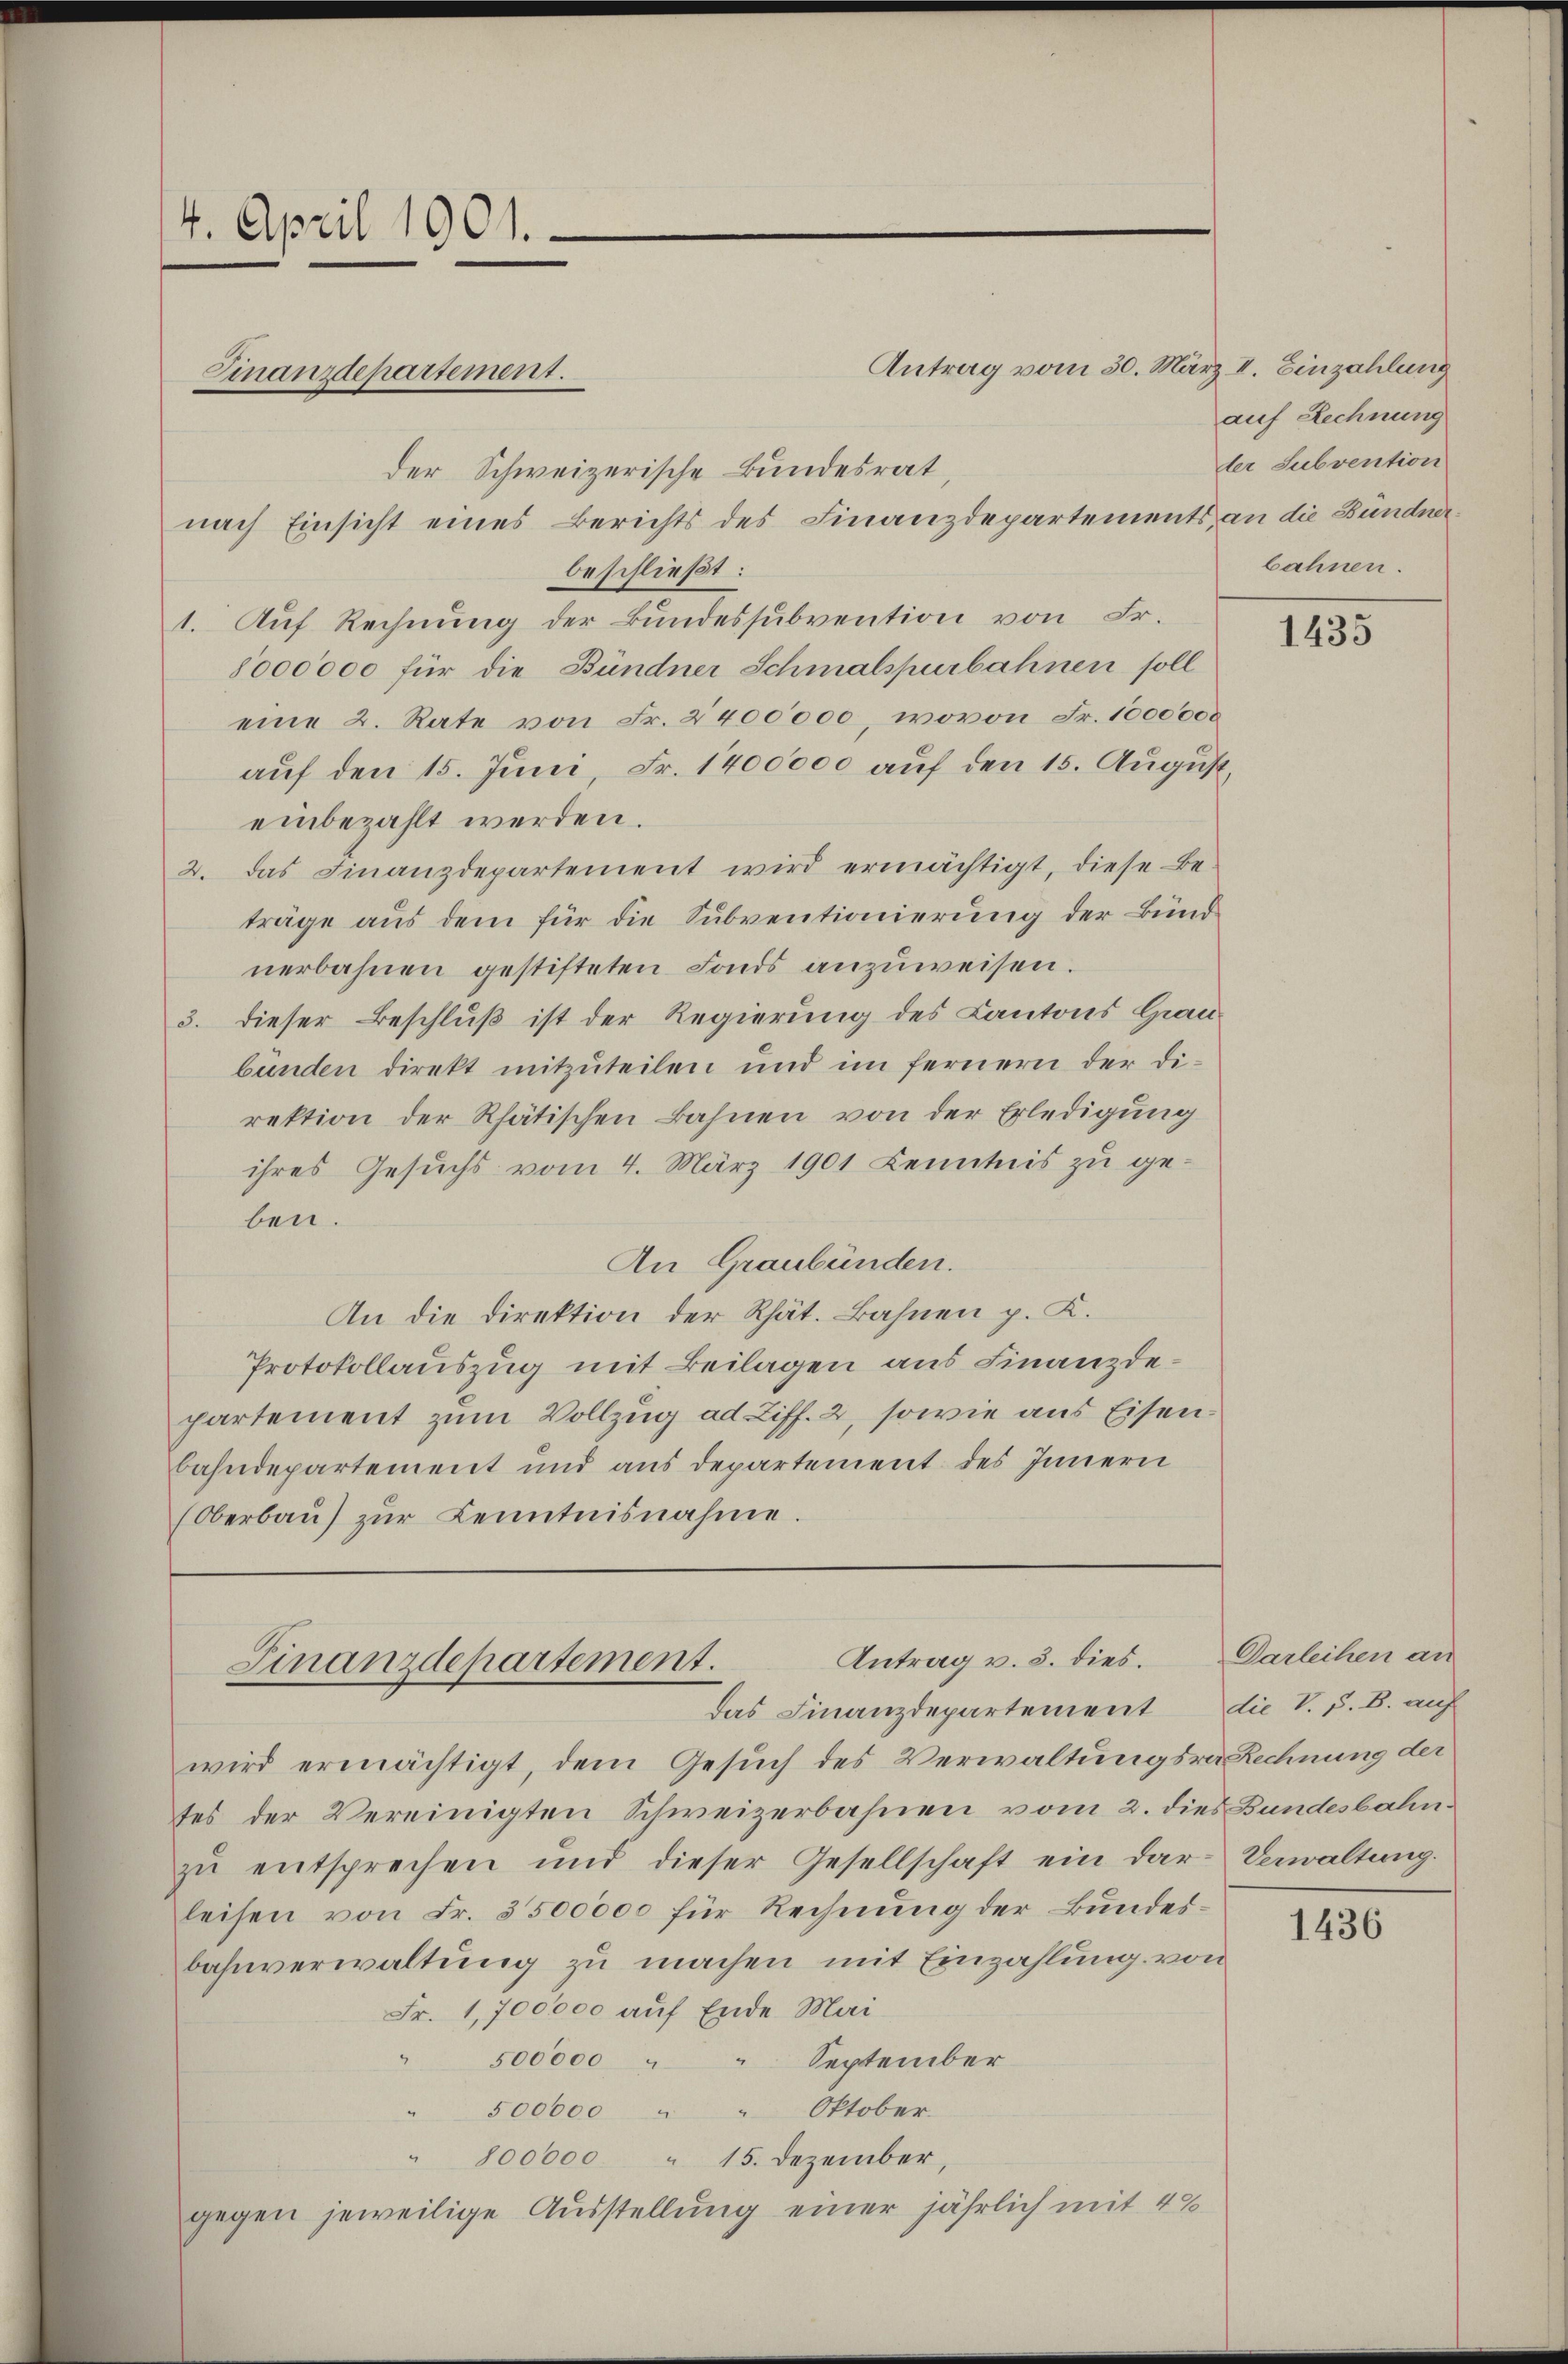
4. April 1901.

Antrag vom 30. März I. Einzahlung
der Schweizerische Bundesrat,
nach Einsicht eines Berichts des Finanzdepartements an die Bündnerbeschließt:
1. Auf Rechnung der Bundessubvention von Fr.
8000000 für die Bündner Schmalspurbahnen soll
eine 2. Rate von Fr. 2400000, wovon Fr. 1000000
auf den 15. Juni, Fr. 1400000 auf den 15. August,
einbezahlt werden.
2. das Finanzdepartement wird ermächtigt, diese Be-
träge aus dem für die Subventionierung der Bund
nerbahnen gestifteten Fonds anzuweisen.
3. dieser Beschluß ist der Regierung des Kantons Grau-
bunden direkt mitzuteilen und im fernern der Direktion der Rhätischen Bahnen von der Erledigung
ihres Gesuchs vom 4. März 1901 Kenntnis zu ge-
ben.
An Graubünden.
An die Direktion der Rhät. Bahnen p. K.
Protokollauszug mit Beilagen aus Finanzdepartement zum Vollzug ad Ziff. 2, sowie aus Eisenbahndepartement und aus departement des Innern
(Oberbaŭ) zŭr Kenntnisnahme.

Finanzdepartement.

wird ermächtigt, dem Gesuch des Verwaltungsra Rechnung der
tes der Vereinigten Schweizerbahnen vom 2. dies Bundesbahnzŭ entsprechen und dieser Gesellschaft ein dar-Verwaltung.
leisen von Fr. 3500000 für Rechnung der Bundesbahnverwaltung zu machen mit Einzahlung von
Fr. 1,700000 auf Ende Mai-
" 500000 " " September
" 500000 " " Oktober.
" 800000 " 15. Dezember,
gegen jeweilige Ausstellung einer jährlich mit 40

Antrag v. 3. dies. Darleihen an
Finanzdepartement.
Das Finanzdepartement die V. P. B. auf

auf Rechnung
der Subvention
bahnen.

1435

1436